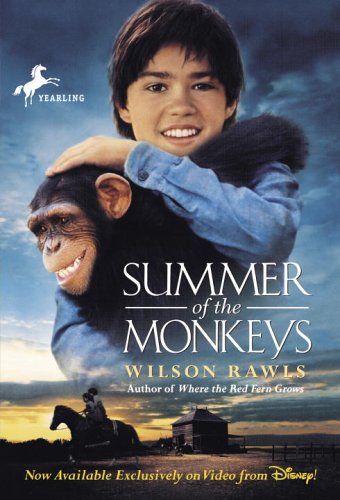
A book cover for Summer of the Monkeys; Wilson Rawls; Children's Books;